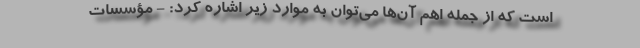
است که از جمله اهم آن‌ها می‌توان به موارد زیر اشاره کرد: - مؤسسات